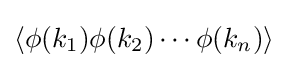
\left\langle \phi (k_{1})\phi (k_{2})\cdots \phi (k_{n})\right\rangle